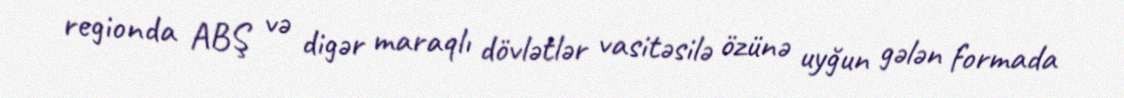
regionda ABŞ və digər maraqlı dövlətlər vasitəsilə özünə uyğun gələn formada